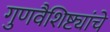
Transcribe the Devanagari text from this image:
गुणवैशिष्ट्यांचे